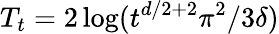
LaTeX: T_{t}=2\log(t^{d/2+2}\pi^{2}/3\delta)